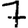
Digit: 7